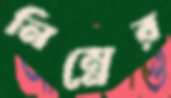
নিম্নের